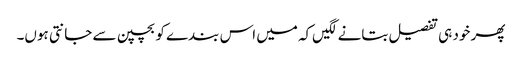
پھر خود ہی تفصیل بتانے لگیں‌کہ میں اس بندے کو بچپن سے جانتی ہوں۔